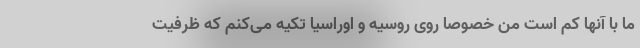
ما با آنها کم است من خصوصا روی روسیه و اوراسیا تکیه می‌کنم که ظرفیت